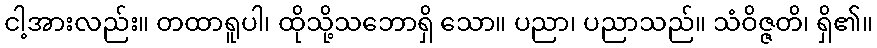
ငါ့အားလည်း။ တထာရူပါ၊ ထိုသို့သဘောရှိ သော။ ပညာ၊ ပညာသည်။ သံဝိဇ္ဇတိ၊ ရှိ၏။